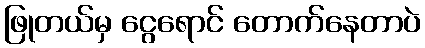
ဖြုတယ်မှ ငွေရောင် တောက်နေတာပဲ